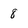
Character: 8